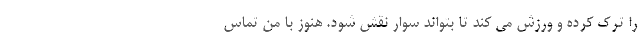
را ترک کرده و ورزش می کند تا بتواند سوار نقش شود. هنوز با من تماس